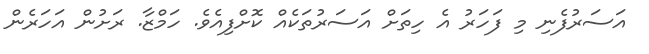
އަސަރުފެނި މި ފަހަރު އެ ހިތަށް އަސަރުތަކެއް ކޮށްފިއެވެ. ހަމްޒާ. ރަށުން އަހަރެން